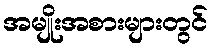
အမျိုးအစားများတွင်